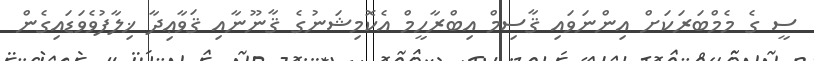
ސީ ގެ މެމްބަރަކަށް އިންނަވައި ޤާސިމް އިބްރާހީމް އެކޮމިޝަނުގެ ޤާނޫނާއި ޤަވާޢިދާ ޚިލާފުވެވަޑައިގެން